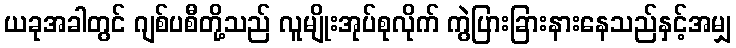
ယခုအခါတွင် ဂျစ်ပစီတို့သည် လူမျိုးအုပ်စုလိုက် ကွဲပြားခြားနားနေသည်နှင့်အမျှ